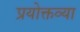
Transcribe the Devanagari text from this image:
प्रयोक्तव्या